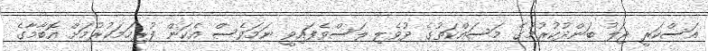
އަސްކަރީ ޖަލު ބަންދުކުރުމުގެ މަސައްކަތުގެ ދުވެލި ލަސްވެފައިވީ ނަމަވެސް އެކަން ފުރިހަމަކުރުމަށް އޮބާމާގެ